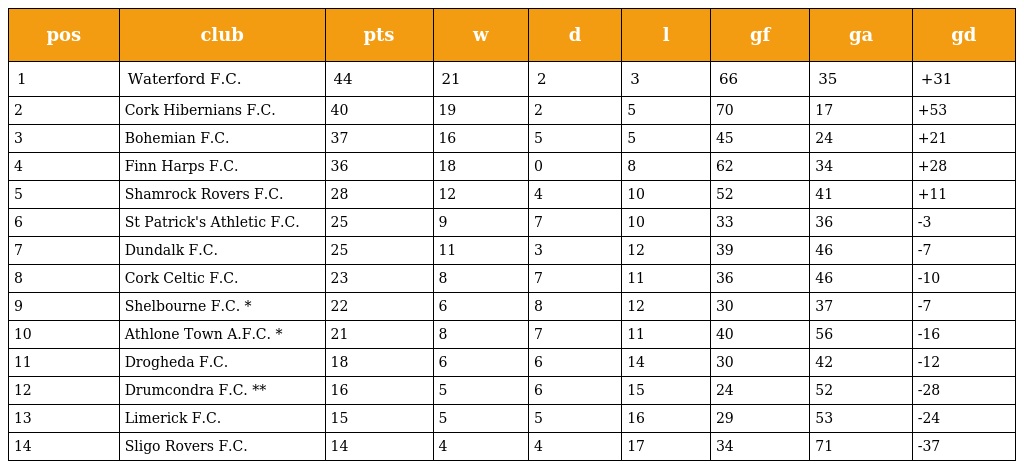
| pos | club | pts | w | d | l | gf | ga | gd |
 | --- | --- | --- | --- | --- | --- | --- | --- | --- |
 | 1 | Waterford F.C. | 44 | 21 | 2 | 3 | 66 | 35 | +31 |
 | 2 | Cork Hibernians F.C. | 40 | 19 | 2 | 5 | 70 | 17 | +53 |
 | 3 | Bohemian F.C. | 37 | 16 | 5 | 5 | 45 | 24 | +21 |
 | 4 | Finn Harps F.C. | 36 | 18 | 0 | 8 | 62 | 34 | +28 |
 | 5 | Shamrock Rovers F.C. | 28 | 12 | 4 | 10 | 52 | 41 | +11 |
 | 6 | St Patrick's Athletic F.C. | 25 | 9 | 7 | 10 | 33 | 36 | -3 |
 | 7 | Dundalk F.C. | 25 | 11 | 3 | 12 | 39 | 46 | -7 |
 | 8 | Cork Celtic F.C. | 23 | 8 | 7 | 11 | 36 | 46 | -10 |
 | 9 | Shelbourne F.C. * | 22 | 6 | 8 | 12 | 30 | 37 | -7 |
 | 10 | Athlone Town A.F.C. * | 21 | 8 | 7 | 11 | 40 | 56 | -16 |
 | 11 | Drogheda F.C. | 18 | 6 | 6 | 14 | 30 | 42 | -12 |
 | 12 | Drumcondra F.C. ** | 16 | 5 | 6 | 15 | 24 | 52 | -28 |
 | 13 | Limerick F.C. | 15 | 5 | 5 | 16 | 29 | 53 | -24 |
 | 14 | Sligo Rovers F.C. | 14 | 4 | 4 | 17 | 34 | 71 | -37 |